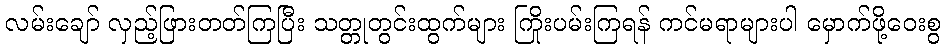
လမ်းချော် လှည့်ဖြားတတ်ကြပြီး သတ္တုတွင်းထွက်များ ကြိုးပမ်းကြရန် ကင်မရာများပါ မှောက်ဖို့ဝေးစွ